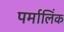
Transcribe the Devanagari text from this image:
पर्मालिंक